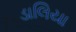
ડાલિયા